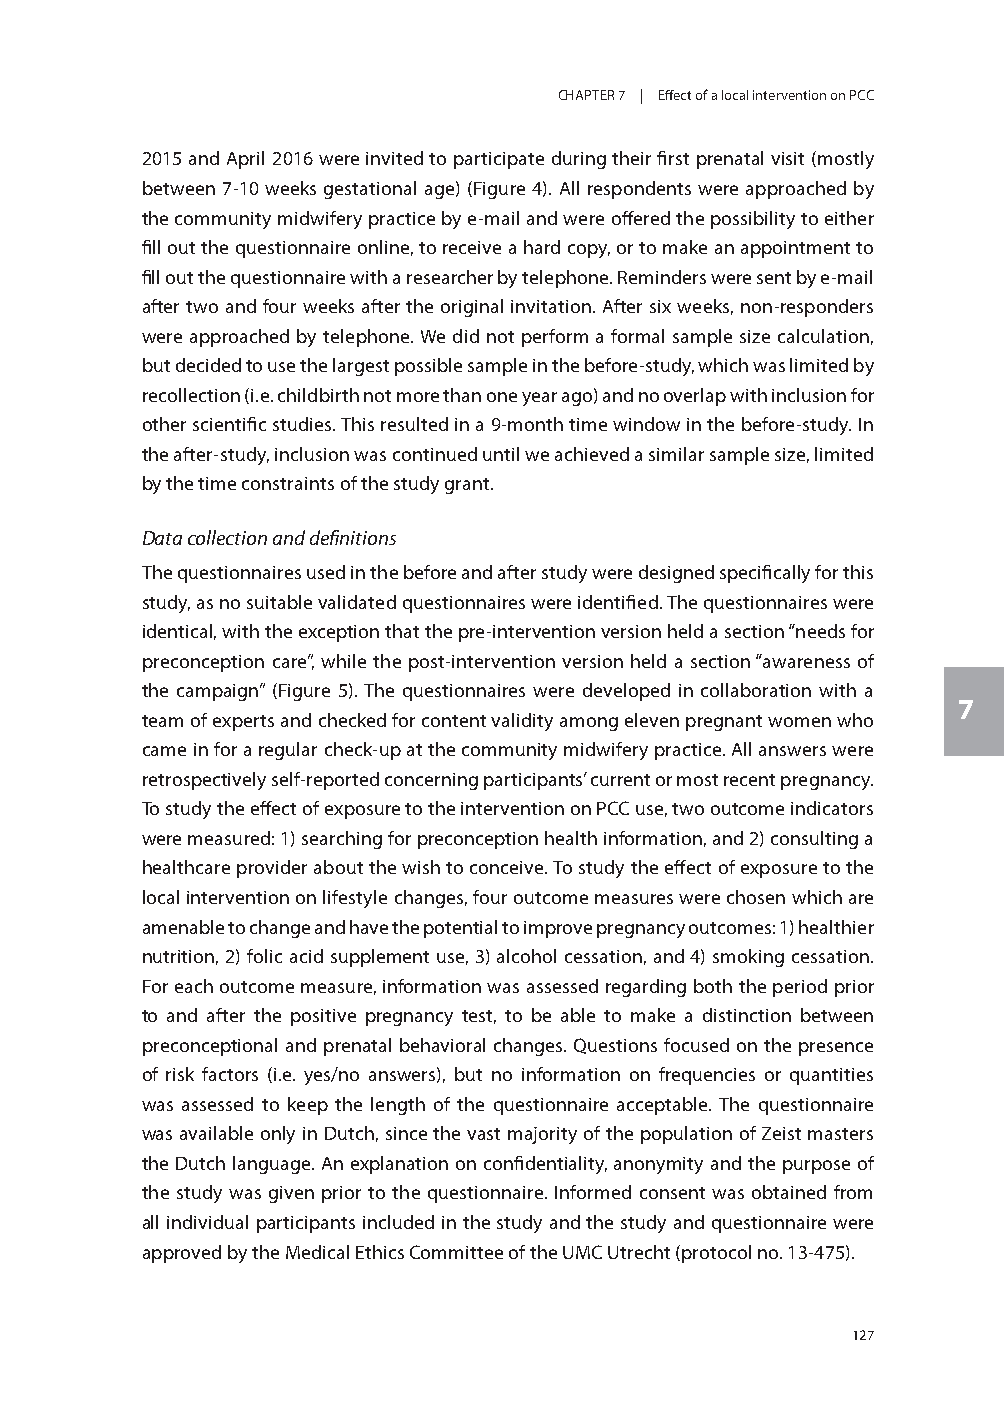
CHAPTER 7 | Effect of a local intervention on PCC
 2015 and April 2016 were invited to participate during their first prenatal visit (mostly
 between 7-10 weeks gestational age) (Figure 4). All respondents were approached by
 the community midwifery practice by e-mail and were offered the possibility to either
 fill out the questionnaire online, to receive a hard copy, or to make an appointment to
 fill out the questionnaire with a researcher by telephone. Reminders were sent by e-mail
 after two and four weeks after the original invitation. After six weeks, non-responders
 were approached by telephone. We did not perform a formal sample size calculation,
 but decided to use the largest possible sample in the before-study, which was limited by
 recollection (i.e. childbirth not more than one year ago) and no overlap with inclusion for
 other scientific studies. This resulted in a 9-month time window in the before-study. In
 the after-study, inclusion was continued until we achieved a similar sample size, limited
 by the time constraints of the study grant.
 Data collection and definitions
 The questionnaires used in the before and after study were designed specifically for this
 study, as no suitable validated questionnaires were identified. The questionnaires were
 identical, with the exception that the pre-intervention version held a section “needs for
 preconception care”, while the post-intervention version held a section “awareness of
 the campaign” (Figure 5). The questionnaires were developed in collaboration with a
 7
 team of experts and checked for content validity among eleven pregnant women who
 came in for a regular check-up at the community midwifery practice. All answers were
 retrospectively self-reported concerning participants’ current or most recent pregnancy.
 To study the effect of exposure to the intervention on PCC use, two outcome indicators
 were measured: 1) searching for preconception health information, and 2) consulting a
 healthcare provider about the wish to conceive. To study the effect of exposure to the
 local intervention on lifestyle changes, four outcome measures were chosen which are
 amenable to change and have the potential to improve pregnancy outcomes: 1) healthier
 nutrition, 2) folic acid supplement use, 3) alcohol cessation, and 4) smoking cessation.
 For each outcome measure, information was assessed regarding both the period prior
 to and after the positive pregnancy test, to be able to make a distinction between
 preconceptional and prenatal behavioral changes. Questions focused on the presence
 of risk factors (i.e. yes/no answers), but no information on frequencies or quantities
 was assessed to keep the length of the questionnaire acceptable. The questionnaire
 was available only in Dutch, since the vast majority of the population of Zeist masters
 the Dutch language. An explanation on confidentiality, anonymity and the purpose of
 the study was given prior to the questionnaire. Informed consent was obtained from
 all individual participants included in the study and the study and questionnaire were
 approved by the Medical Ethics Committee of the UMC Utrecht (protocol no. 13-475).
 127